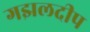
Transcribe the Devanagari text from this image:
गझलदीप